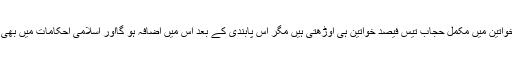
ایک آزاد تجزیہ کے مطابق مسلم خواتین میں مکمل حجاب تیس فیصد خواتین ہی اوڑھتی ہیں مگر اس پابندی کے بعد اس میں اضافہ ہو گااور اسلامی احکامات میں بھی پابندی میں اضافہ دیکھا جائے گا۔